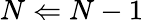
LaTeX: N\Leftarrow N-1